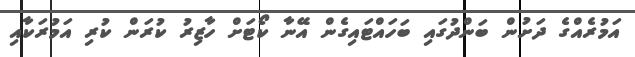
އަމުރެއްގެ ދަށުން ބަންދުގައި ބަހައްޓައިގެން އޭނާ ކޯޓަށް ހާޒިރު ކުރަން ކުރި އަމުރަކާއި